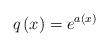
LaTeX: \begin{align*}q\left( x\right) =e^{a\left( x\right) }\end{align*}